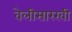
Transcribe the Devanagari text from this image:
वेलीसारखी